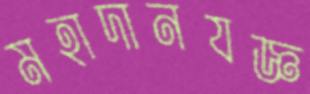
মহাদানযজ্ঞ